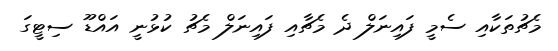
މެޗުތަކާއި ސެމީ ފައިނަލް ދެ މެޗާއި ފައިނަލް މެޗު ކުޅުނީ އައްޑޫ ސިޓީގަ